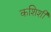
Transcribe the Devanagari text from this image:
कशिशी